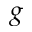
g